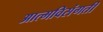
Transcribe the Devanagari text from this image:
आत्मविसंगती